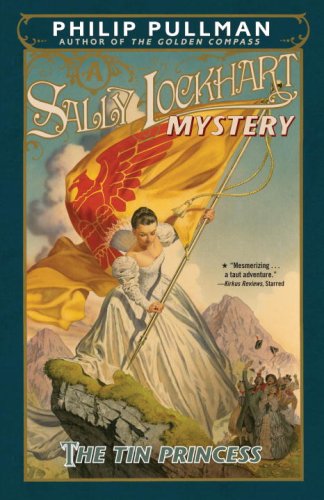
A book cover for The Tin Princess: A Sally Lockhart Mystery; Philip Pullman; Teen & Young Adult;